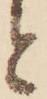
と